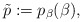
\begin{align*}\tilde p:=p_\beta(\beta),\end{align*}